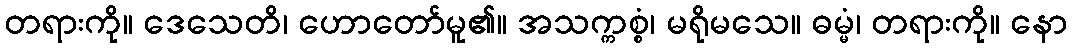
တရားကို။ ဒေသေတိ၊ ဟောတော်မူ၏။ အသက္ကစ္စံ၊ မရိုမသေ။ ဓမ္မံ၊ တရားကို။ နော